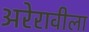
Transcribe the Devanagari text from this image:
अरेरावीला